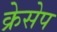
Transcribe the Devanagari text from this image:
क्रेसेप